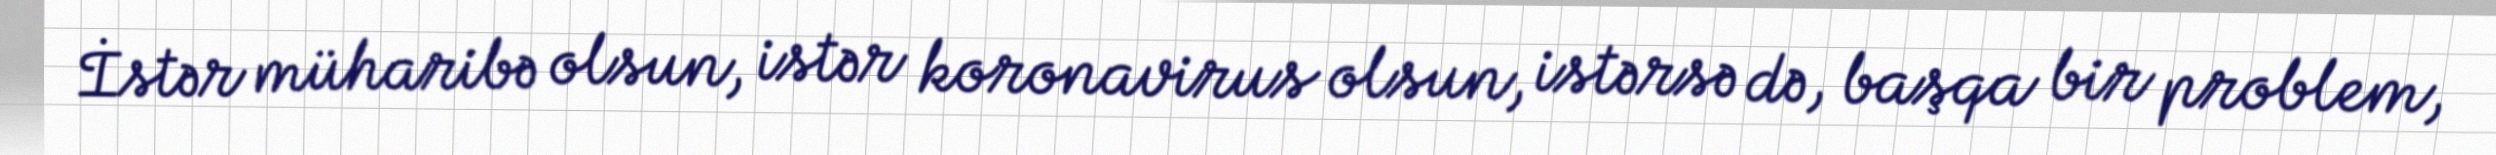
İstər müharibə olsun, istər koronavirus olsun, istərsə də, başqa bir problem,